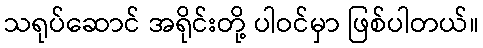
သရုပ်ဆောင် အရိုင်းတို့ ပါဝင်မှာ ဖြစ်ပါတယ်။